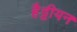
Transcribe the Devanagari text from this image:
हैट्टीयन